Report by Surgeon-Major Lyons, I.M.S., President of the Plague Research Committee - Part I
Disease focus: Plague
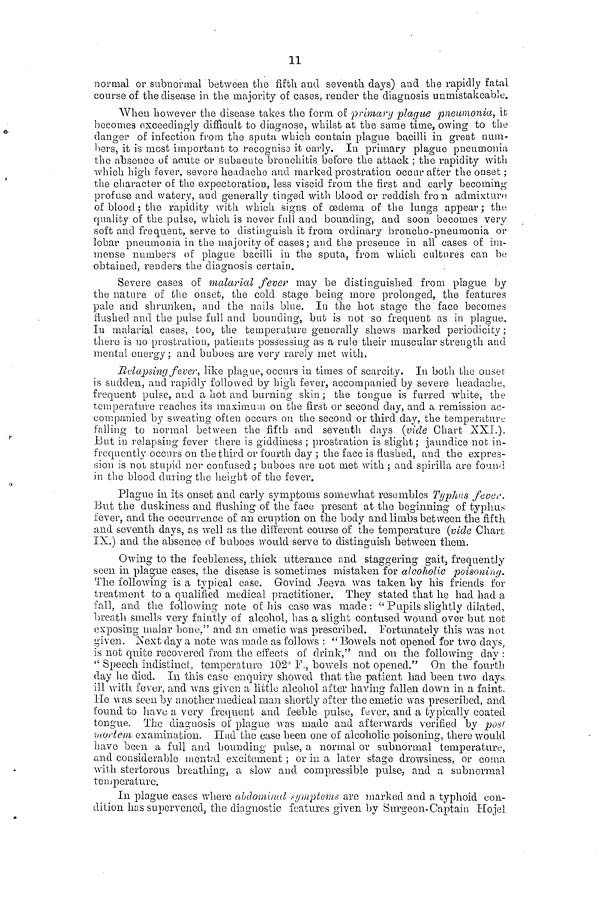
11
normal or subnormal between the fifth and seventh days) and the rapidly fatal
course of the disease in the majority of cases, render the diagnosis unmistakeable.
When however the disease takes the form of •primary plague pneumonia, it
becomes exceedingly difficult to diagnose, whilst at the same time, owing to the
danger of infection from the sputa which contain plague bacilli in great num-
bers, it is most important to recognise it early. In primary plague pueumonia
the absence of acute or subacute bronchitis before the attack ; the rapidity with
which high fever, severe headache and marked prostration occur after the onset ;
the character of the expectoration, less viscid from the first and early becoming
profuse and watery, and generally tinged with blood or reddish from admixture
of blood ; the rapidity with which signs of oedema of the lungs appear ; the
quality of the pulse, which is never full and bounding, and soon becomes very
soft and frequent, serve to distinguish it from ordinary broncho-pneumonia or
lobar pneumonia in the majority of cases; and the presence in all cases of im-
mense numbers of plague bacilli in the sputa, from which cultures can be
obtained, renders the diagnosis certain.
Severe cases of malarial fever may be distinguished from plague by
the nature of the onset, the cold stage being more prolonged, the features
pale and shrunken, and the nails blue. In the hot stage the face becomes
flushed and the pulse full and bounding, but is not so frequent as in plague.
In malarial cases, too, the temperature generally shews marked periodicity;
there is no prostration, patients possessing as a rule their muscular strength and
mental energy; and buboes are very rarely met with.
Relapsing fever, like plague, occurs in times of scarcity. In both the onset
is sudden, and rapidly followed by high fever, accompanied by severe headache,
frequent pulse, and a hot and burning skin ; the tongue is furred white, the
temperature reaches its maximum on the first or second day, and a remission ac-
companied by sweating often occurs on the second or third day, the temperature
falling to normal between the fifth and seventh days (vide Chart XXI).
But in relapsing fever there is giddiness ; prostration is slight; jaundice not in-
frequently occurs on the third or fourth day ; the face is flushed, and the expres-
sion is not stupid nor confused ; buboes are not met with ; and spirilla are found
in the blood during the height of the fever.
Plague in its onset and early symptoms somewhat resembles Typhus fever.
But the duskiness and flushing of the face present at the beginning of typhus
fever, and the occurrence of an eruption on the body and limbs between the fifth
and seventh days, as well as the different course of the temperature {vide Chart
IX.) and the absence of buboes would serve to distinguish between them.
Owing to the feebleness, .thick utterance and staggering gait, frequently
seen in plague cases, the disease is sometimes mistaken for alcoholic poisoning.
The following is a typical case. Govind Jeeva was taken by his friends for
treatment to a qualified medical practitioner. They stated that he had had a
fall, and the following note of his case was made: " Pupils slightly dilated,
breath smells very faintly of alcohol, has a slight contused wound over but not
exposing malar bone," and an emetic was prescribed. Fortunately this was not
given. Next day a note was made as follows : " Bowels not opened for two days,
is not quite recovered from the effects of drink,'' and on the following clay :
" Speech indistinct, temperature 102° F., bowels not opened." On the fourth
day he died. In this case enquiry showed that the patient had been two days
ill with fever, and was given a little alcohol after having fallen down in a faint.
He was seen by another medical man shortly after the emetic was prescribed, and
found to have a very frequent and feeble pulse, fever, and a typically coated
tongue. The diagnosis of plague was made and afterwards verified by post
mortem examination. Had the ease been one of alcoholic poisoning, there would
have been a full and bounding pulse, a normal or subnormal temperature,
and considerable mental excitement ; or in a later stage drowsiness, or coma
with stertorous breathing, a slow and compressible pulse, and a subnormal
temperature.
In plague cases where abdominal symptoms are marked and a typhoid con-
dition has supervened, the diagnostic features given by Surgeon-Captain Hojel